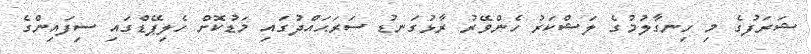
ޝަރަފުގެ މި ހިނގާލުމުގެ ލަޝްކަރު ހެންވޭރު ރާޅުގަނޑު ސަރަޙައްދުގައި މަޑުކޮށް ހެލިޕޭޑްގައި ސިފައިންގެ